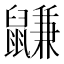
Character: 鼸